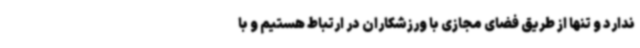
ندارد و تنها از طریق فضای مجازی با ورزشکاران در ارتباط هستیم و با